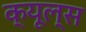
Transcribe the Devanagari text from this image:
क्‍यूल्‍स